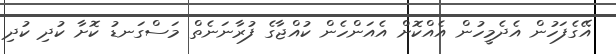
އޭގެފަހުން އެދެމީހުން އެއްކޮށް އެއަންހެން ކުއްޖާގެ ފުރާނަނެތް މަސްގަނޑު ކޮށާ ކުދި ކުދި